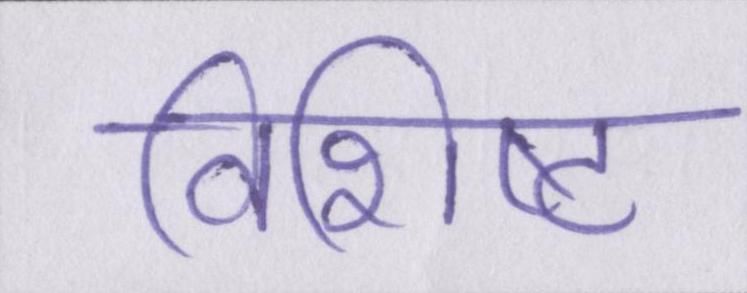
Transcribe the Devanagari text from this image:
विशिष्ट